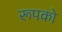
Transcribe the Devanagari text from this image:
रूपको